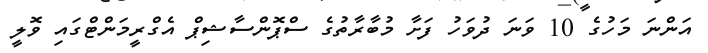
އަންނަ މަހުގެ 10 ވަނަ ދުވަހު ފަށާ މުބާރާތުގެ ސްޕޮންސާޝިޕް އެގްރީމަންޓްގައި ވޮލީ